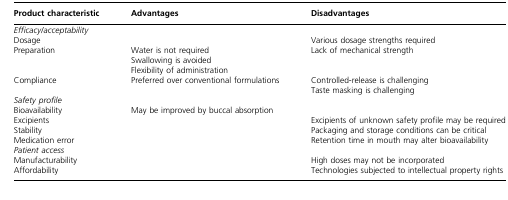
<table><thead><tr><td><b>Product characteristic</b></td><td><b>Advantages</b></td><td><b>Disadvantages</b></td></tr></thead><tbody><tr><td colspan="3"><i>Efficacy/acceptability</i></td></tr><tr><td>Dosage</td><td> </td><td>Various dosage strengths required</td></tr><tr><td>Preparation</td><td>Water is not required Swallowing is avoided Flexibility of administration</td><td>Lack of mechanical strength</td></tr><tr><td>Compliance</td><td>Preferred over conventional formulations</td><td>Controlled-release is challenging Taste masking is challenging</td></tr><tr><td colspan="3"><i>Safety profile</i></td></tr><tr><td>Bioavailability</td><td>May be improved by buccal absorption</td><td> </td></tr><tr><td>Excipients</td><td> </td><td>Excipients of unknown safety profile may be required</td></tr><tr><td>Stability</td><td> </td><td>Packaging and storage conditions can be critical</td></tr><tr><td>Medication error</td><td> </td><td>Retention time in mouth may alter bioavailability</td></tr><tr><td colspan="3"><i>Patient access</i></td></tr><tr><td>Manufacturability</td><td> </td><td>High doses may not be incorporated</td></tr><tr><td>Affordability</td><td> </td><td>Technologies subjected to intellectual property rights</td></tr></tbody></table>